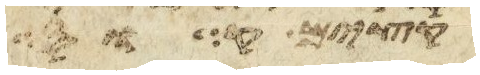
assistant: וקציר קור